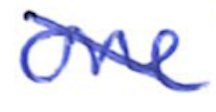
Text: one
Cross-out: diagonal
Writing tool: ballpoint